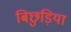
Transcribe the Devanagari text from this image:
बिछुड़िया